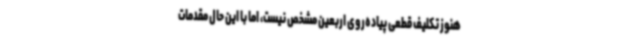
هنوز تکلیف قطعی پیاده‌روی اربعین مشخص نیست، اما با این حال مقدمات